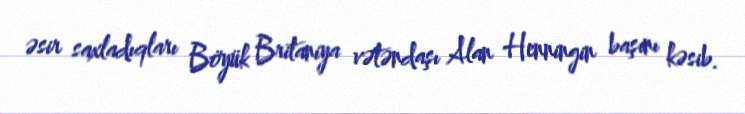
əsir saxladıqları Böyük Britaniya vətəndaşı Alan Henningin başını kəsib.